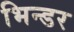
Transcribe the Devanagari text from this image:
भिन्डर